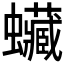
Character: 𧕨